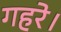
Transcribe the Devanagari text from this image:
गहरे।